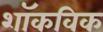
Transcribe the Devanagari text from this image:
शॉकविक